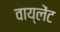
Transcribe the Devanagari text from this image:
वाय्लेंट